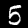
Digit: 5